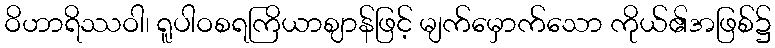
ဝိဟာရိဿဝါ၊ ရူပါဝစရကြိယာဈာန်ဖြင့် မျက်မှောက်သော ကိုယ်၏အဖြစ်၌